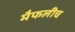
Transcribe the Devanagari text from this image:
मैफलीच